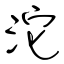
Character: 沱